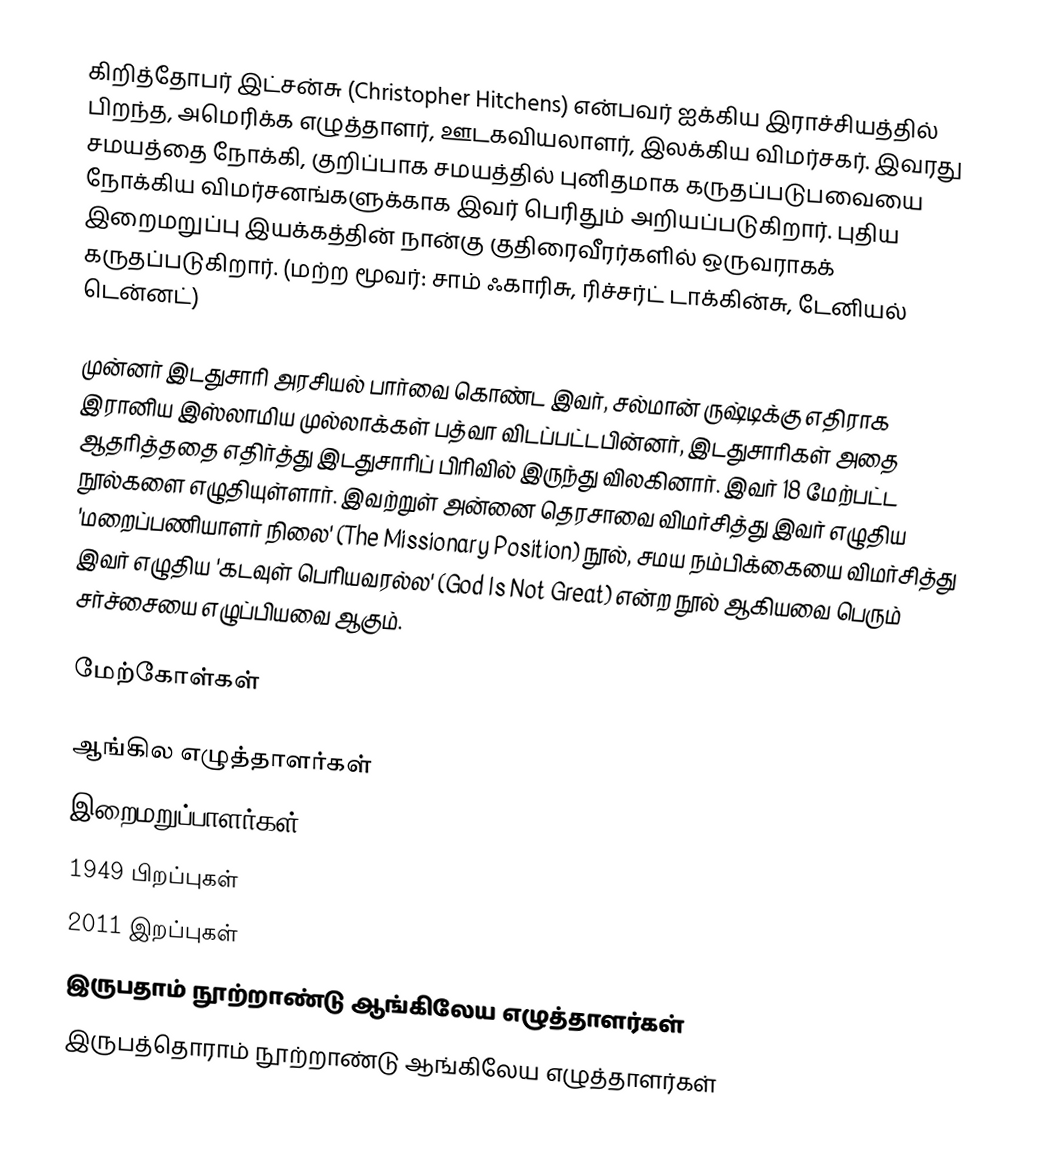
கிறித்தோபர் இட்சன்சு (Christopher Hitchens) என்பவர் ஐக்கிய இராச்சியத்தில் பிறந்த, அமெரிக்க எழுத்தாளர், ஊடகவியலாளர், இலக்கிய விமர்சகர். இவரது சமயத்தை நோக்கி, குறிப்பாக சமயத்தில் புனிதமாக கருதப்படுபவையை நோக்கிய விமர்சனங்களுக்காக இவர் பெரிதும் அறியப்படுகிறார். புதிய இறைமறுப்பு இயக்கத்தின் நான்கு குதிரைவீரர்களில் ஒருவராகக் கருதப்படுகிறார். (மற்ற மூவர்:  சாம் ஃகாரிசு, ரிச்சர்ட் டாக்கின்சு, டேனியல் டென்னட்)

முன்னர் இடதுசாரி அரசியல் பார்வை கொண்ட இவர், சல்மான் ருஷ்டிக்கு எதிராக இரானிய இஸ்லாமிய முல்லாக்கள் பத்வா விடப்பட்டபின்னர், இடதுசாரிகள் அதை ஆதரித்ததை எதிர்த்து இடதுசாரிப் பிரிவில் இருந்து விலகினார். இவர் 18 மேற்பட்ட நூல்களை எழுதியுள்ளார். இவற்றுள் அன்னை தெரசாவை விமர்சித்து இவர் எழுதிய 'மறைப்பணியாளர் நிலை' (The Missionary Position) நூல், சமய நம்பிக்கையை விமர்சித்து இவர் எழுதிய 'கடவுள் பெரியவரல்ல' (God Is Not Great) என்ற நூல் ஆகியவை பெரும் சர்ச்சையை எழுப்பியவை ஆகும்.

மேற்கோள்கள்

ஆங்கில எழுத்தாளர்கள்
இறைமறுப்பாளர்கள்
1949 பிறப்புகள்
2011 இறப்புகள்
இருபதாம் நூற்றாண்டு ஆங்கிலேய எழுத்தாளர்கள்
இருபத்தொராம் நூற்றாண்டு ஆங்கிலேய எழுத்தாளர்கள்